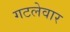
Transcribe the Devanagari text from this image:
गटलेवार